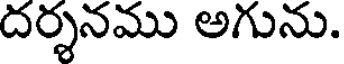
దర్శనము అగును.